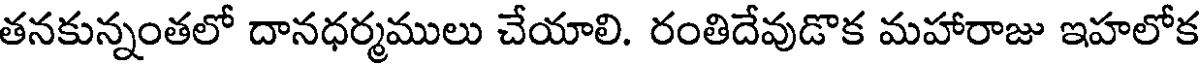
తనకున్నంతలో దానధర్మములు చేయాలి. రంతిదేవుడొక మహారాజు ఇహలోక